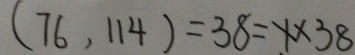
( 7 6 , 1 1 4 ) = 3 8 = 1 \times 3 8